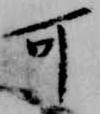
可